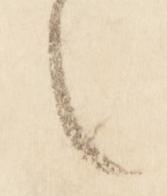
之